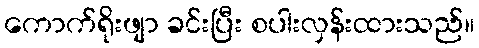
ကောက်ရိုးဖျာ ခင်းပြီး စပါးလှန်းထားသည်။